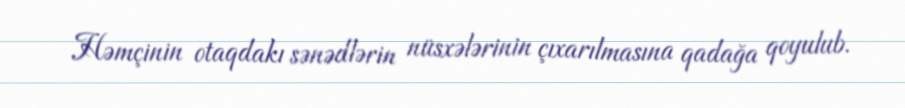
Həmçinin otaqdakı sənədlərin nüsxələrinin çıxarılmasına qadağa qoyulub.